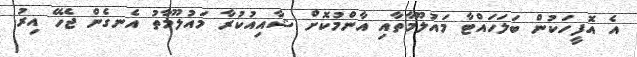
އެ އޮފީހަކުން ބަލަހައްޓާ މައުލޫމާތާއި އާންމުކޮށް ޝާއިއުކުރާ މައުލޫމާތު އެނގެން ޖެހޭ އިރު